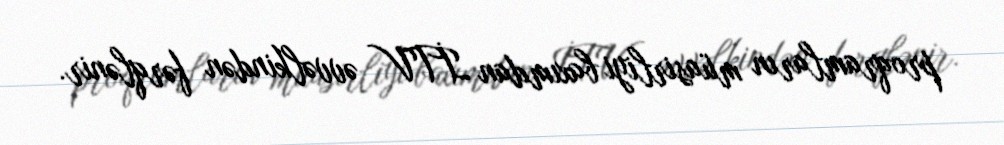
proqramların müasirliyi baxımdan İTV əvvəlkindən fərqlənir.